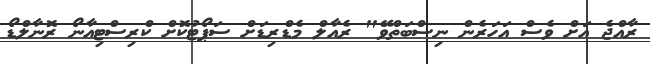
ރާއްޖެ އަށް ވެސް އަހަރެން ނިސްބަތްވޭ" ރެއާލް މެޑްރިޑަށް ސަޕޯޓުކޮށް ކްރިސްޓިއާނޯ ރޮނާލްޑޯ